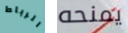
الرباط يمنحه